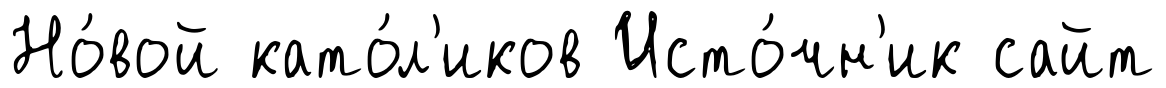
Но́вой като́л'иков Исто́чн'ик сайт